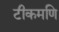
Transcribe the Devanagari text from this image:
टीकमणि